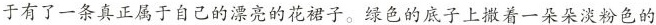
于有了一条真正属于自己的漂亮的花裙子。绿色的底子上撒着一朵朵淡粉色的